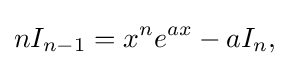
nI_{n-1}=x^{n}e^{ax}-aI_{n},\!